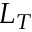
L _ { T }